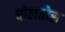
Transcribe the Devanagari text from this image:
बोलतोस